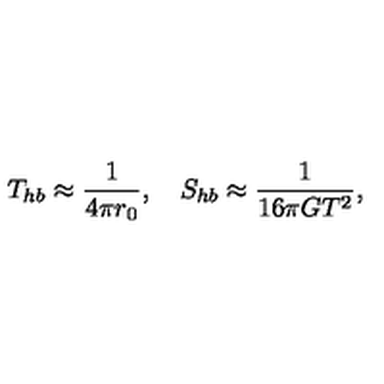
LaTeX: T _ { h b } \approx { \frac { 1 } { 4 \pi r _ { 0 } } } , \quad S _ { h b } \approx { \frac { 1 } { 1 6 \pi G T ^ { 2 } } } ,